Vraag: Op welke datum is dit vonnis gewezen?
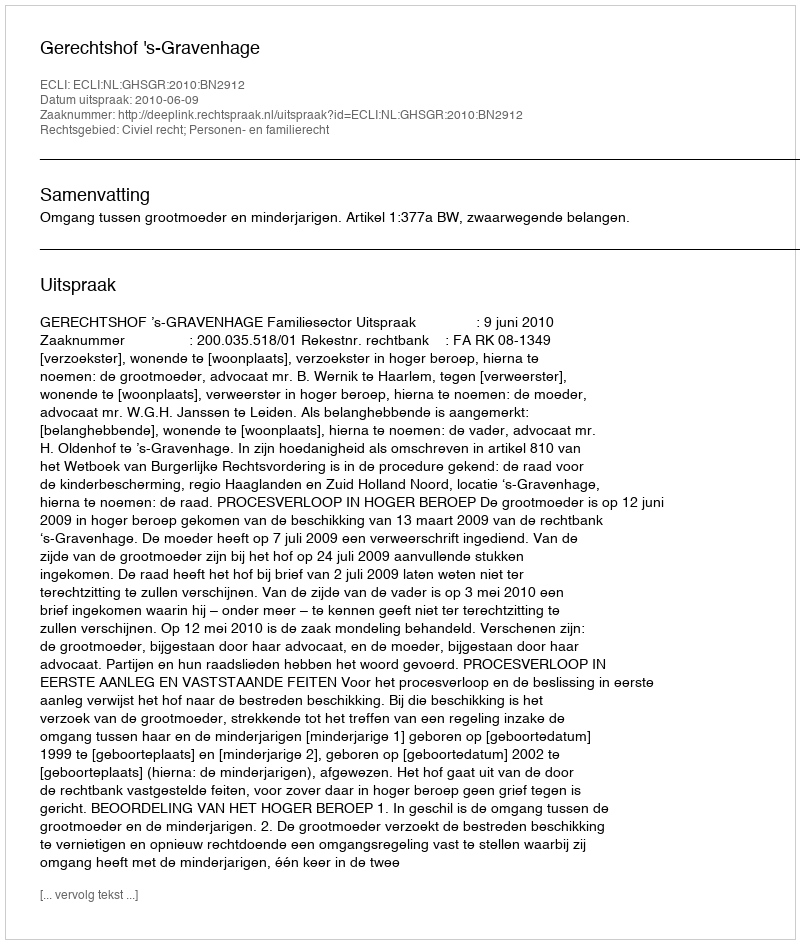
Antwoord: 2010-06-09